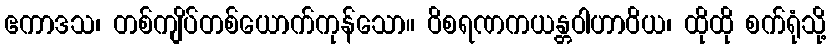
ဧကာဒသ၊ တစ်ကျိပ်တစ်ယောက်ကုန်သော။ ဝိစရဏကယန္တဝါဟာဝိယ၊ ထိုထို စက်ရုံသို့